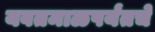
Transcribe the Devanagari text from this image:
यवतमाळपर्यंतचे